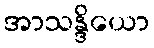
အာသန္ဒိယော